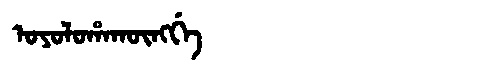
Manchu: ᠣᠶᠣᠯᠣᡥᠠᡴᡡᠩᡤᡝ
Romanization: OYOLOHAKŪNGGE